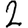
Digit: 2